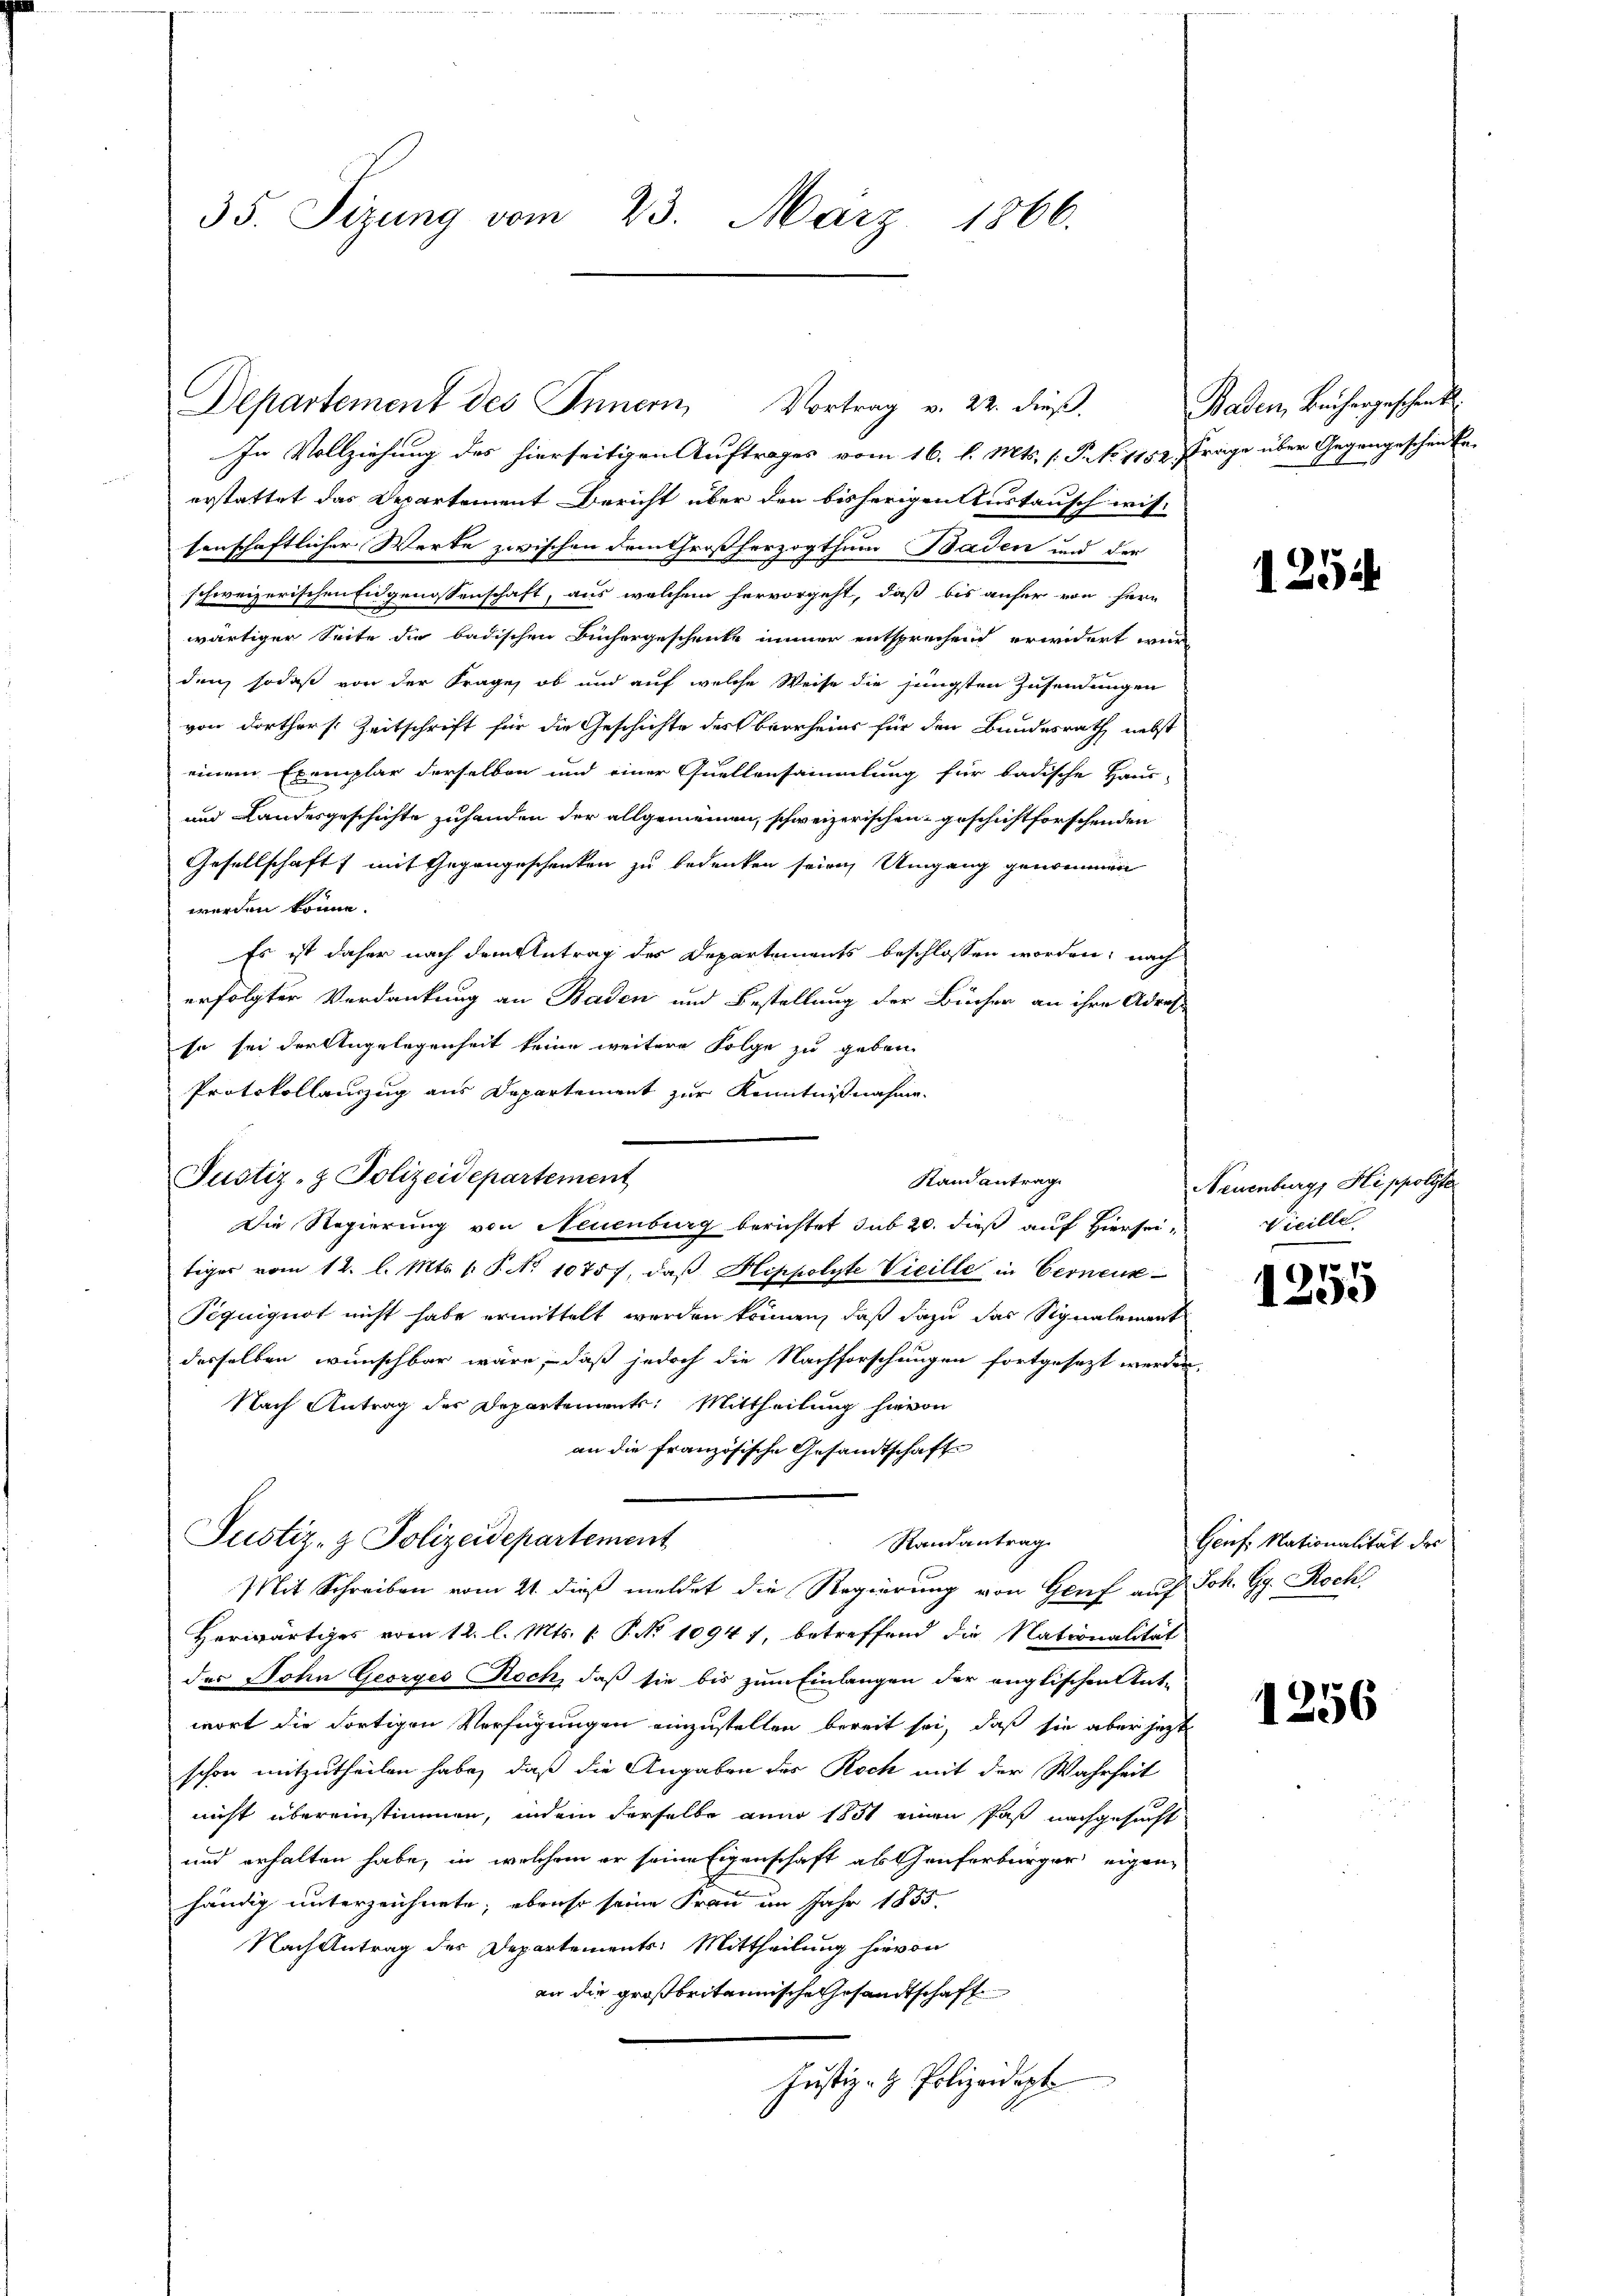
35. Sizung vom 23. März 1866.

Departement des Im¬

Justiz- & Polizeidepartement

Vortrag v. 22. dieß,

Stand antrag

In Vollziehung des hierseitigen Auftrages vom 16. l. Mts. (T. No 1152 ftrage über Gegengeschenke
erstattet das Departement Bericht über den bisherigen Austausch wis-
senschaftlicher Werke zwischen dem Großherzogthum Baden und der
schweizerischen Eidgenossenschaft, aus welchem hervorgeht, daß bis anfer von Herr
wärtiger Seite die badischen Büchergeschenke immer entsprechend erwidert wur
den, sodaß von der Frage, ob und auf welche Weise die jüngsten Zusendungen
von dorthers Zeitschrift für die Geschichte des Oberrheins für den Bundesrath nebst
einem Exemplar derselben und einer Quellensammlung für badische Haus-
und Landesgeschichte zuhanden der allgemeinen, schweizerischen geschichtforschenden
Gesellschaft mit Gegengeschenken zu bedenken seien Umgang genommen
werden könne.
Es ist daher nach dem Antrag des Departements beschlossen worden; nach
erfolgter Verdankung an Baden und Bestellung der Bücher an ihre Adres
so sei der Angelegenheit keine weitere Folge zu geben
Protokollanzug aus Departement zur Kenntnißnahme.
Die Regierung von Neuenburg berichtet sub 20. dieß auf Hiersei
tiger vom 12. l. Mts. v. P. No 10757, daß Hippolyte Vicille in Gerneuk
Piquiguot nicht habe ermittelt werden können, daß dazu das Signalement
desselben wünschbar wäre, daß jedoch die Nachforschungen fortgesezt werden.
Nach Antrag des Departement: Mittheilung hievon
an die französische Gesandtschaft
Justiz- & Polizeidepartement
Randantrag
Mit Schreiben vom 21. dieß meldet die Regierung von Genf auf Joh. G. Roch
Herwärtiges vom 12. l. Mts. 1. P. No 10947, betreffend die Nationalität
des Sohn Georges Roch, daß sie bis zum Einlangen der englischen Ant-
wort die Fortigen Verfügungen einzustellen bereit sei, daß sie aber jetzt
schon mitzutheilen habe, daß die Angaben des Roch mit der Wahrheit
nicht übereinstimmen, indem derselbe anno 1851 einen Paß nachgesucht
und erhalten habe, in welchem er seine Eigenschaft als Genferbürger eigen-
händig unterzeichnete, ebenso seine Frau im Jahr 1855.
Nach Antrag des Departements: Mittheilung hievon
an die großbritannische Gesandtschaft
Justiz- & Polizeidigt

Baden, Bauhergeschenkt.

1254

Neuenburg, Hippolste
Vicille

72
1250

Genf. Nationalität des

1256